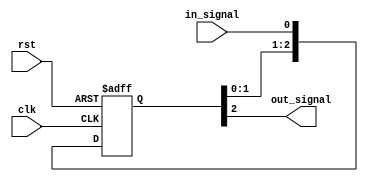
module ThreeFlopSynchronizer (
    input wire clk,            // Clock signal
    input wire rst,            // Reset signal
    input wire in_signal,      // Input signal to be synchronized
    output reg out_signal      // Output synchronized signal
);

reg [2:0] ff_reg;              // Three flip-flops

// Synchronize input signal using three flip-flops
always @(posedge clk or posedge rst) begin
    if (rst) begin
        ff_reg <= 0;
    end else begin
        ff_reg <= {ff_reg[1:0], in_signal};
    end
end

assign out_signal = ff_reg[2];

endmodule